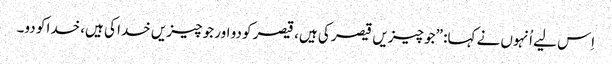
‏ اِس لیے اُنہوں نے کہا:‏ ”‏جو چیزیں قیصر کی ہیں،‏ قیصر کو دو اور جو چیزیں خدا کی ہیں،‏ خدا کو دو۔